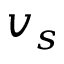
v _ { s }